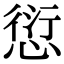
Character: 愆